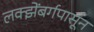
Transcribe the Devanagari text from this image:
लक्झेंबर्गपासून